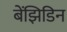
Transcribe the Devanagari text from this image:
बेंझिडिन